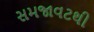
સમજાવટથી